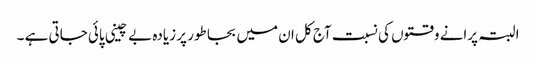
البتہ پرانے وقتوں کی نسبت آج کل ان میں بجا طور پر زیادہ بے چینی پائی جاتی ہے ۔